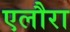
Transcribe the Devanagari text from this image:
एलौरा